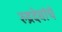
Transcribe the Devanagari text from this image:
रुद्रदेवांचे